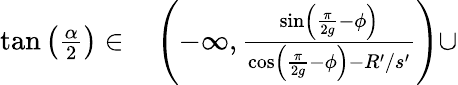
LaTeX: \begin{array}{rl}{\tan\left(\frac{\alpha}{2}\right)\in}&{{}\left(-\infty,\frac{\sin\left(\frac{\pi}{2g}-\phi\right)}{\cos\left(\frac{\pi}{2g}-\phi\right)-R^{\prime}/s^{\prime}}\right)\cup}\end{array}